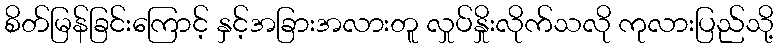
စိတ်မြန်ခြင်းကြောင့် နှင့်အခြားအလားတူ လှုပ်နှိုးလိုက်သလို ကုလားပြည်သို့